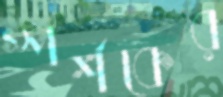
স্পর্শকের